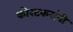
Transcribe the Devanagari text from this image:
कोरटकरांनी